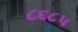
૮૬૮૫